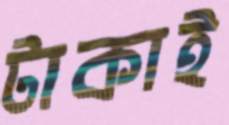
টাকাই